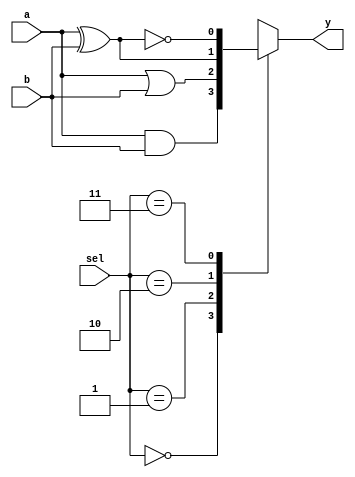
//01/30/21 13:32:19
//Authorxuhao Yang
`timescale 1ns/10ps
module  fn_sw_4(a,b,sel,y);
    input a;
    input b;
    input[1:0] sel;
    output y;
    reg y;
    always@(a or b or sel)begin
    	case(sel)
    		2'b00:begin y<=a&b;end
    		2'b01:begin y<=a|b;end
    		2'b10:begin y<=a^b;end
    		2'b11:begin y<=~(a^b);end
    	endcase
    end

endmodule

module fn_sw_4_tb;
	reg[3:0] absel;
	wire y;
	fn_sw_4 fn_sw_4(.a(absel[0]),.b(absel[1]),.sel(absel[3:2]),.y(y));
	initial begin
		absel<=0;
		#200 $stop;
	end
	always #10 absel<=absel+1;
endmodule